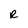
Character: R